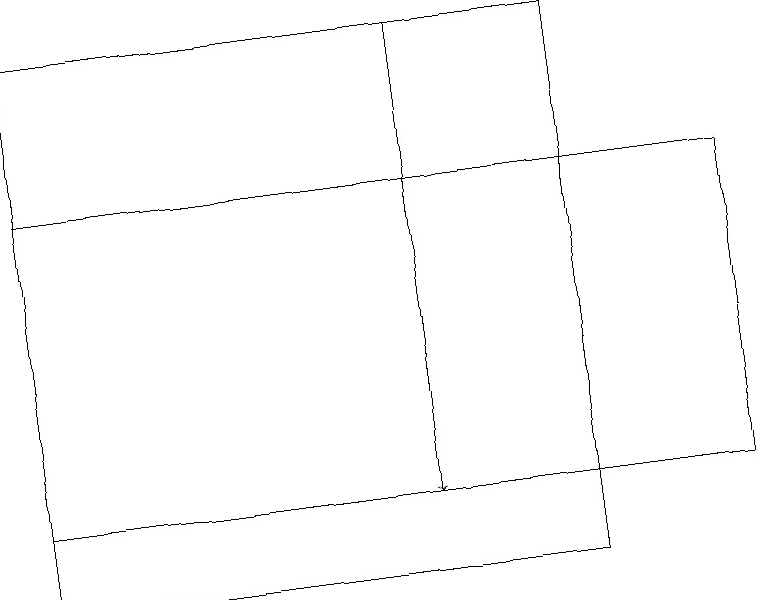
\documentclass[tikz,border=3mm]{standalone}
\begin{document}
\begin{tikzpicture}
\draw[->] (5,19) -- (5,13);
\draw (9,17) rectangle (0,13);
\draw (7,12) rectangle (0,19);
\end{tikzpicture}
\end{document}